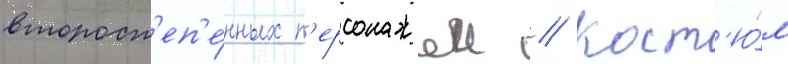
второст'еп'е́нных п'ерсонажеи // Кост'ю́м